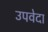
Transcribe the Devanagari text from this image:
उपवेदा